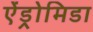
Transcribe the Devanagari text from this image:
ऐंड्रोमिडा